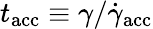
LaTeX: t_{\mathrm{acc}}\equiv\gamma/\dot{\gamma}_{\mathrm{acc}}